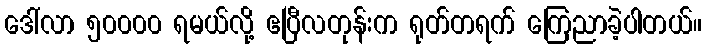
ဒေါ်လာ ၅၀၀၀၀ ရမယ်လို့ ဧပြီလတုန်းက ရုတ်တရက် ကြေညာခဲ့ပါတယ်။